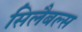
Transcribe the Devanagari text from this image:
सिलैबल्स